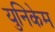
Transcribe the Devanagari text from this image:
युनिकेम